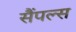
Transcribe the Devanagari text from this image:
सैंपल्स